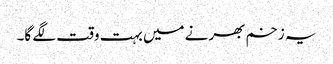
یہ زخم بھرنے میں بہت وقت لگے گا۔